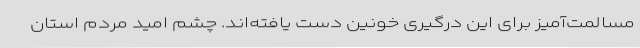
مسالمت‌آمیز برای این درگیری خونین دست یافته‌اند. چشم امید مردم استان